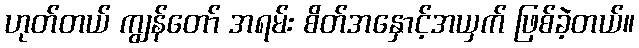
ဟုတ်တယ် ကျွန်တော် အရမ်း စိတ်အနှောင့်အယှက် ဖြစ်ခဲ့တယ်။